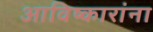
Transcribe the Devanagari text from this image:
आविष्कारांना